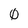
Character: 0